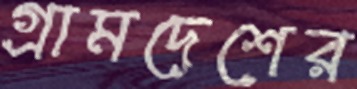
গ্রামদেশের